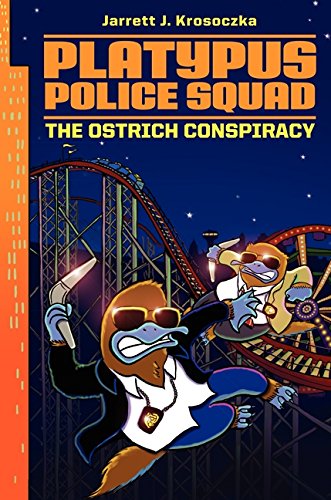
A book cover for Platypus Police Squad: The Ostrich Conspiracy; Jarrett J. Krosoczka; Children's Books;